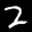
Label: 2